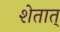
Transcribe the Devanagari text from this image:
शेतात्